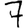
Digit: 7